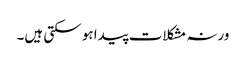
ورنہ مشکلات پیدا ہو سکتی ہیں۔